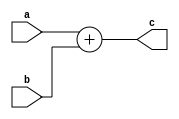
`timescale 1ns / 1ps
//////////////////////////////////////////////////////////////////////////////////
// Company: 
// Engineer: 
// 
// Design Name: 
// Module Name: half_adder_12bit
// Project Name: 
// Target Devices: 
// Tool Versions: 
// Description: 
// 
// Dependencies: 
// 
// Revision:
// Revision 0.01 - File Created
// Additional Comments:
// 
//////////////////////////////////////////////////////////////////////////////////


module half_adder_12bit(
    input [11:0] a,
    input [11:0] b,
    output [11:0] c
    );
    assign c=a+b;
endmodule